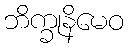
ဘိက္ခုနိမေဝ